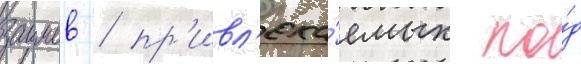
заимов / пр'ивл'ека́емых по́д